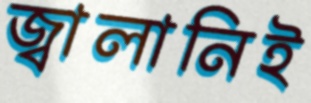
জ্বালানিই